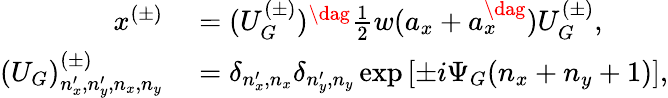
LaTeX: \begin{array}{rl}{x^{(\pm)}}&{{}=(U_{G}^{(\pm)})^{\dag}\frac{1}{2}w(a_{x}+a_{x}^{\dag})U_{G}^{(\pm)},}\\ {(U_{G})_{n_{x}^{\prime},n_{y}^{\prime},n_{x},n_{y}}^{(\pm)}}&{{}=\delta_{n_{x}^{\prime},n_{x}}\delta_{n_{y}^{\prime},n_{y}}\exp\left[\pm i\Psi_{G}(n_{x}+n_{y}+1)\right],}\end{array}